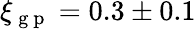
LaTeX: \xi_{\mathrm{~g~p~}}=0.3\pm 0.1